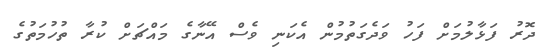
ދޮރު ފަޅާލުމަށް ފަހު ވަދެގަތުމުން އެކަނި ވެސް އޭނާގެ މައްޗަށް ކުރާ ތުހުމަތުގެ